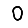
Digit: 0